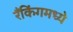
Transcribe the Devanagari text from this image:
रँकिंगमध्ये